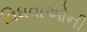
વિધવાઓની